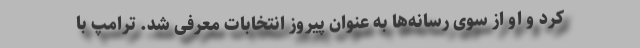
کرد و او از سوی رسانه‌ها به عنوان پیروز انتخابات معرفی شد. ترامپ با